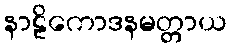
နာဠိကောဒနမတ္တာယ